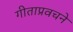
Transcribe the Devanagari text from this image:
गीताप्रवचने